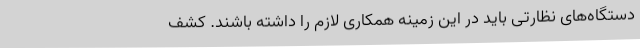
دستگاه‌های نظارتی باید در این زمینه همکاری لازم را داشته باشند. کشف